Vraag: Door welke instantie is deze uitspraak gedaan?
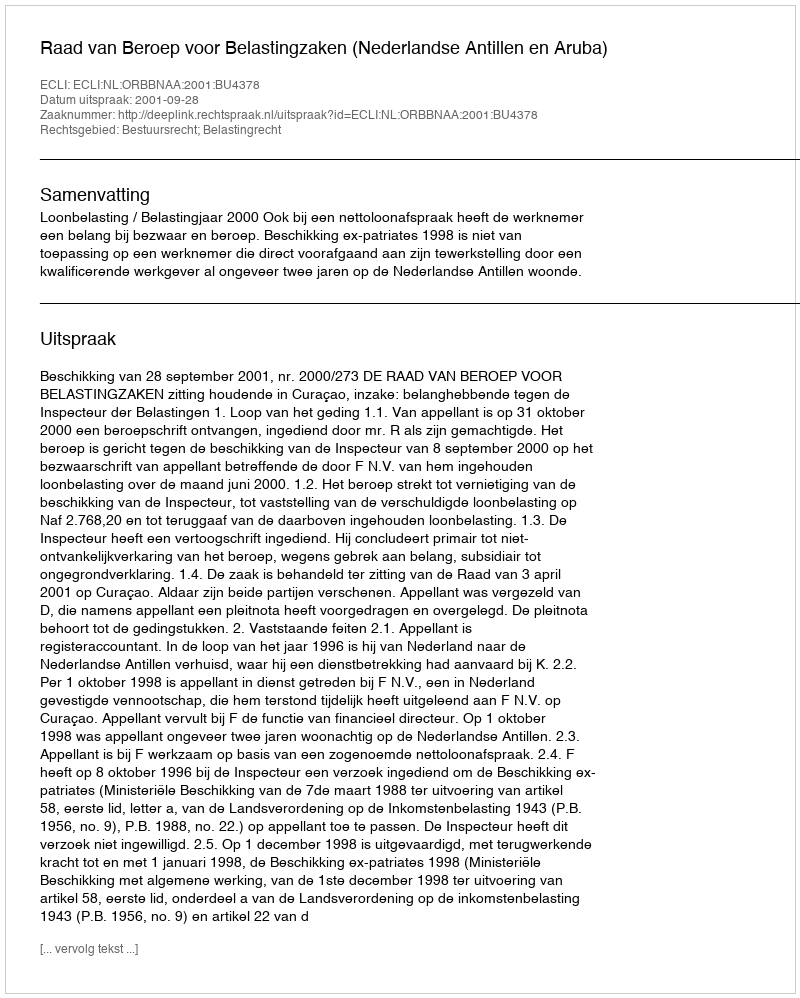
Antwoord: Raad van Beroep voor Belastingzaken (Nederlandse Antillen en Aruba)